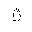
Letter: _ta